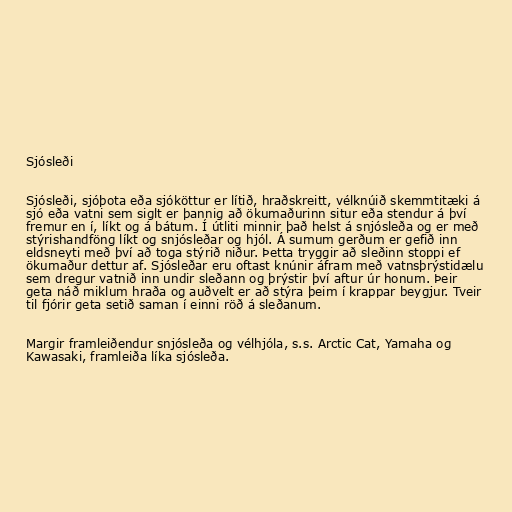
Sjósleði

Sjósleði, sjóþota eða sjóköttur er lítið, hraðskreitt, vélknúið skemmtitæki á
sjó eða vatni sem siglt er þannig að ökumaðurinn situr eða stendur á því
fremur en í, líkt og á bátum. Í útliti minnir það helst á snjósleða og er með
stýrishandföng líkt og snjósleðar og hjól. Á sumum gerðum er gefið inn
eldsneyti með því að toga stýrið niður. Þetta tryggir að sleðinn stoppi ef
ökumaður dettur af. Sjósleðar eru oftast knúnir áfram með vatnsþrýstidælu
sem dregur vatnið inn undir sleðann og þrýstir því aftur úr honum. Þeir
geta náð miklum hraða og auðvelt er að stýra þeim í krappar beygjur. Tveir
til fjórir geta setið saman í einni röð á sleðanum.

Margir framleiðendur snjósleða og vélhjóla, s.s. Arctic Cat, Yamaha og
Kawasaki, framleiða líka sjósleða.